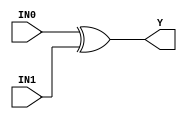
//------------------------------------------------------
// Copyright 1992, 1993 Cascade Design Automation Corporation.
//------------------------------------------------------
module stdxor2(IN0,IN1,Y);
  parameter
        d_IN0_r = 0,
        d_IN0_f = 0,
        d_IN1_r = 0,
        d_IN1_f = 0,
        d_Y_r = 1,
        d_Y_f = 1;
  input  IN0;
  input  IN1;
  output  Y;
  wire  IN0_temp;
  wire  IN1_temp;
  reg  Y_temp;
  assign #(d_IN0_r,d_IN0_f) IN0_temp = IN0;
  assign #(d_IN1_r,d_IN1_f) IN1_temp = IN1;
  assign #(d_Y_r,d_Y_f) Y = Y_temp;
  always
    @(IN0_temp or IN1_temp)
      begin
      Y_temp = (IN0_temp ^ IN1_temp);
      end
endmodule